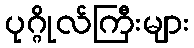
ပုဂ္ဂိုလ်ကြီးများ